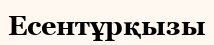
Есентұрқызы